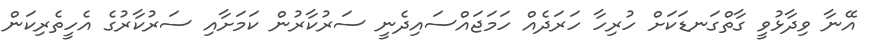
އޭނާ ވިދާޅުވީ ގާތްގަނޑަކަށް ހުރިހާ ހަރަދެއް ހަމަޖައްސައިދެނީ ސަރުކާރުން ކަމަށާއި ސަރުކާރުގެ އެހީތެރިކަން